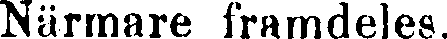
Närmare framdeles.